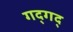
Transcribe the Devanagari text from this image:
गद्‍गद्